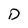
Character: D